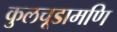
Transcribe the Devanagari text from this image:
कुलचूडामणि